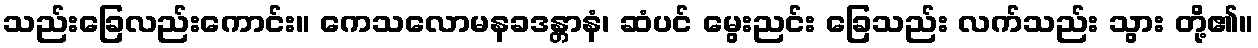
သည်းခြေလည်းကောင်း။ ကေသလောမနခဒန္တာနံ၊ ဆံပင် မွေးညင်း ခြေသည်း လက်သည်း သွား တို့၏။